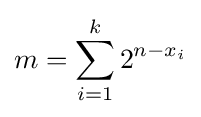
m=\sum _{i=1}^{k}2^{n-x_{i}}